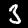
Digit: 3